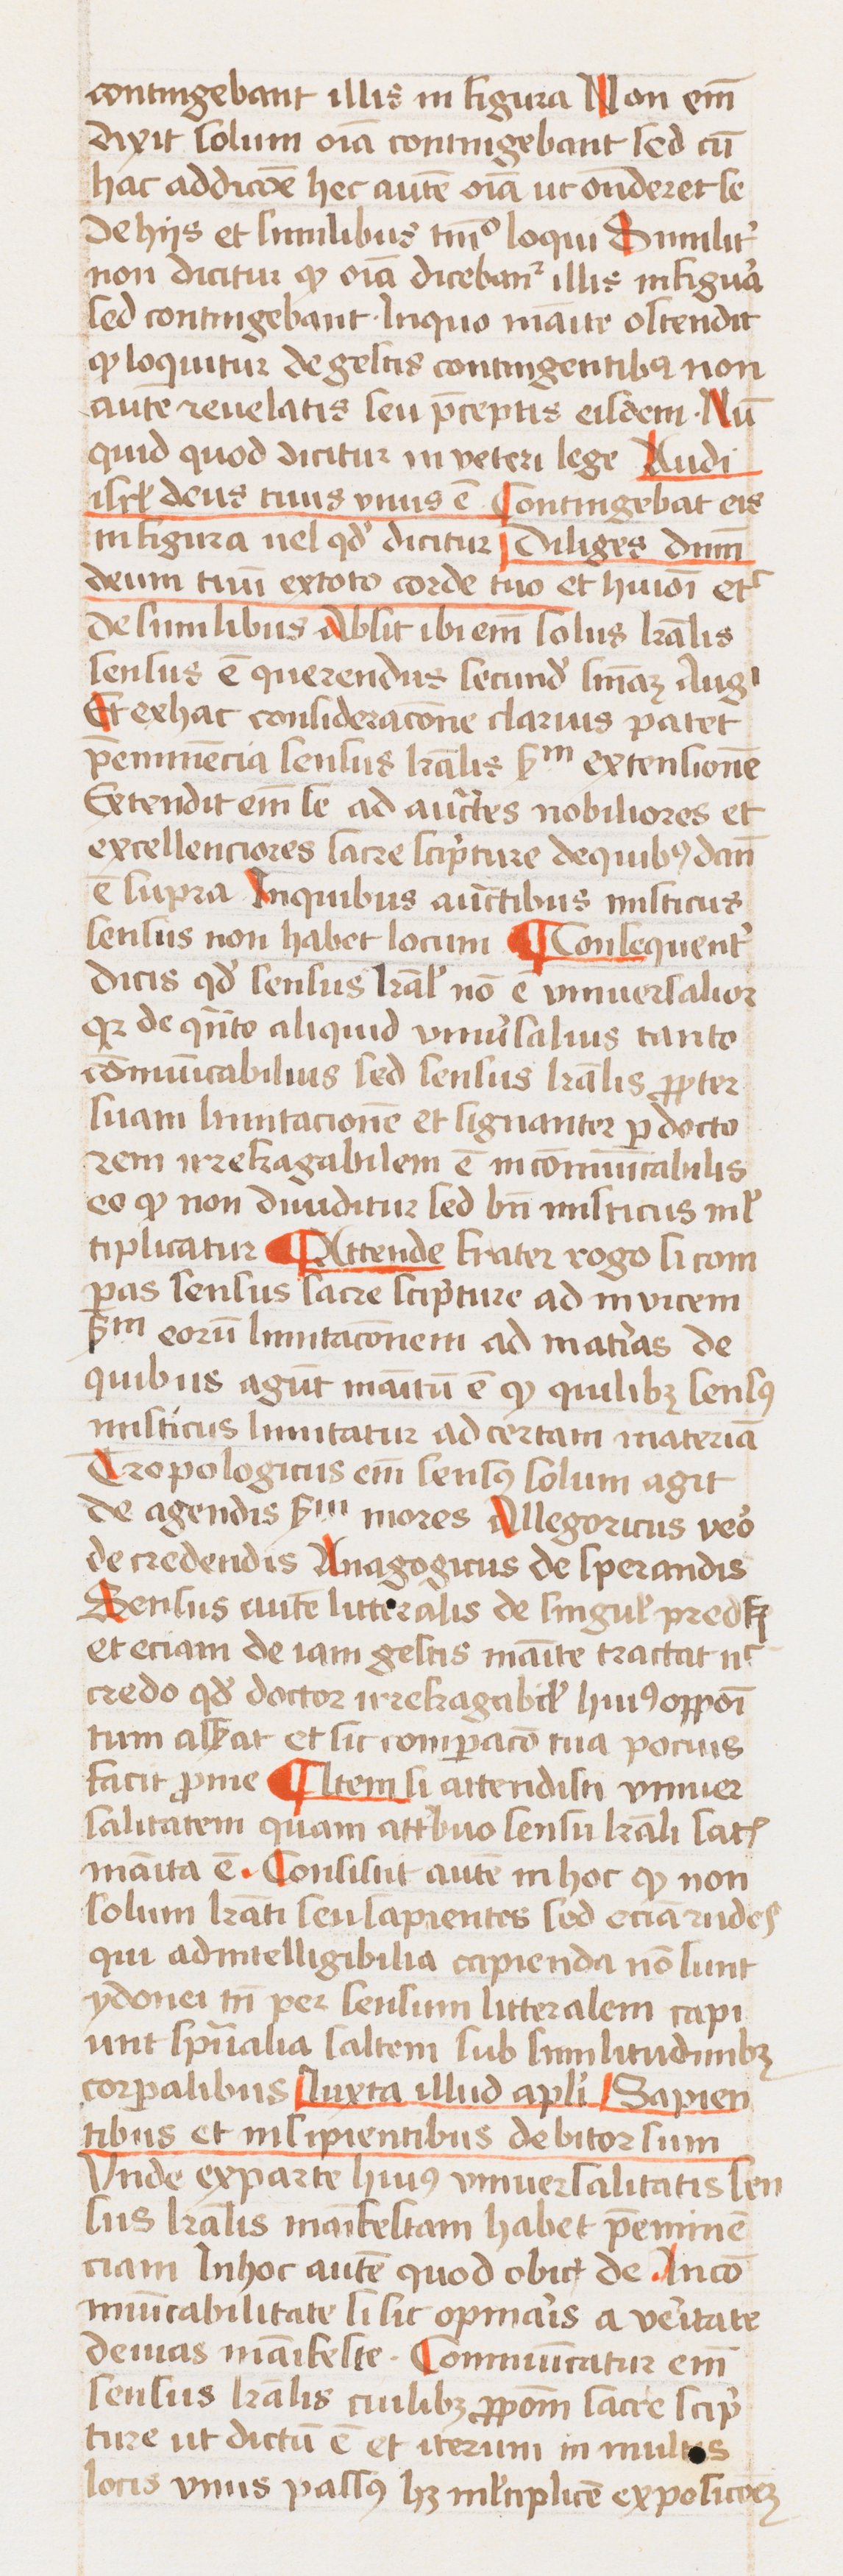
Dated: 1433–1465